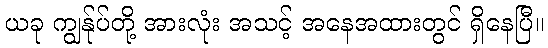
ယခု ကျွန်ုပ်တို့ အားလုံး အသင့် အနေအထားတွင် ရှိနေပြီ။